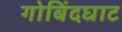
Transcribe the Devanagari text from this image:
गोबिंदघाट